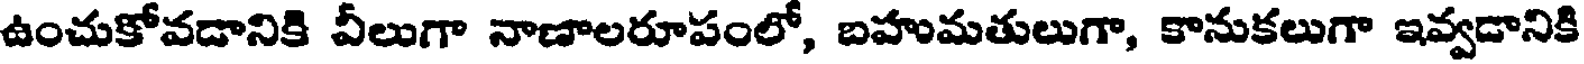
ఉంచుకోవడానికి వీలుగా నాణాలరూపంలో, బహుమతులుగా, కానుకలుగా ఇవ్వడానికి